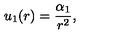
u _ { 1 } ( r ) = \frac { \alpha _ { 1 } } { r ^ { 2 } } ,